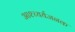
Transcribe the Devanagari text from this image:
आश्च्यर्यजनक